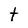
Character: t